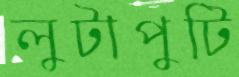
লুটাপুটি